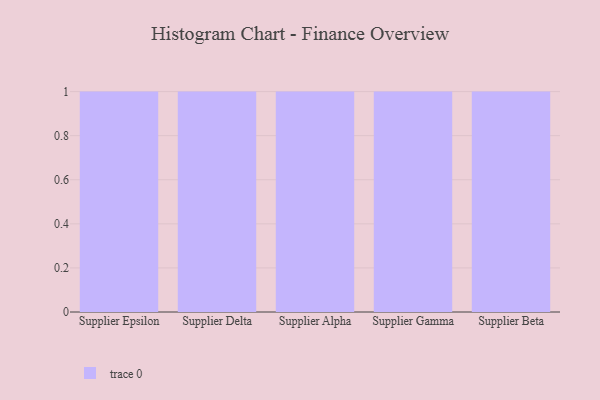
{"axis": {"x": "Supplier", "y": "Website Visitors"}, "legend": [""], "data": [{"x": "Supplier Epsilon", "y": 68, "type": ""}, {"x": "Supplier Delta", "y": 34, "type": ""}, {"x": "Supplier Alpha", "y": 9, "type": ""}, {"x": "Supplier Gamma", "y": 2, "type": ""}, {"x": "Supplier Beta", "y": 33, "type": ""}]}